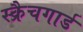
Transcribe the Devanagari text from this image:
स्क्रैचगार्ड